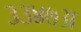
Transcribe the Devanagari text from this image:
३३४७अ